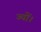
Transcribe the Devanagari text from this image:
ज्‍यों।